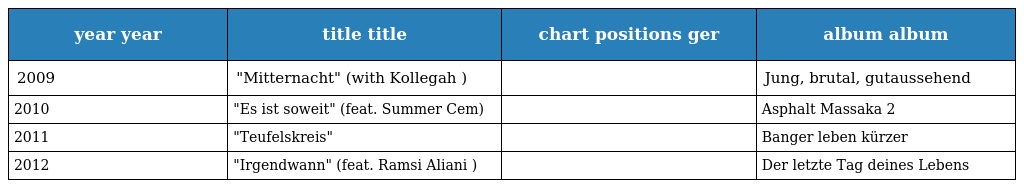
| year year | title title | chart positions ger | album album |
 | --- | --- | --- | --- |
 | 2009 | "Mitternacht" (with Kollegah ) |  | Jung, brutal, gutaussehend |
 | 2010 | "Es ist soweit" (feat. Summer Cem) |  | Asphalt Massaka 2 |
 | 2011 | "Teufelskreis" |  | Banger leben kürzer |
 | 2012 | "Irgendwann" (feat. Ramsi Aliani ) |  | Der letzte Tag deines Lebens |